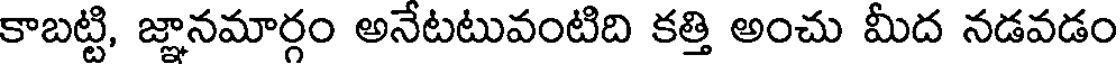
కాబట్టి, జ్ఞానమార్గం అనేటటువంటిది కత్తి అంచు మీద నడవడం